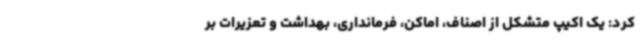
کرد: یک اکیپ متشکل از اصناف، اماکن، فرمانداری، بهداشت و تعزیرات بر